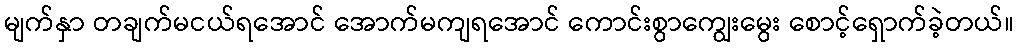
မျက်နှာ တချက်မငယ်ရအောင် အောက်မကျရအောင် ကောင်းစွာကျွေးမွေး စောင့်ရှောက်ခဲ့တယ်။